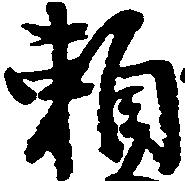
頼